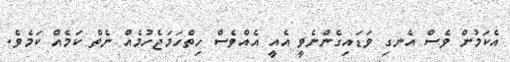
އެކަމުން ވެސް އެނގި ވަޑައިގެންނެވީ އެއީ އެއްވެސް ހިތްހަމަޖެހުމެއް ނެތް ކަމެއް ކަމެވެ.